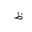
Letter: _za